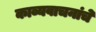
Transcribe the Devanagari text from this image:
काव्यवाचनांचे